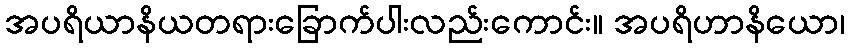
အပရိယာနိယတရားခြောက်ပါးလည်းကောင်း။ အပရိဟာနိယော၊